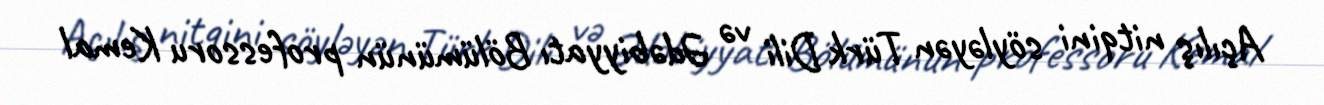
Açılış nitqini söyləyən Türk Dili və Ədəbiyyatı Bölümünün professoru Kemal